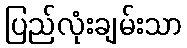
ပြည်လုံးချမ်းသာ